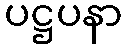
ပဋ္ဌပနာ